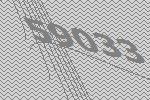
59033